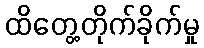
ထိတွေ့တိုက်ခိုက်မှု